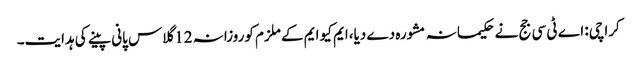
کراچی: اے ٹی سی جج نے حکیمانہ مشورہ دے دیا،ایم کیو ایم کے ملزم کوروزانہ 12 گلاس پانی پینے کی ہدایت۔